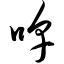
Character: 嗥